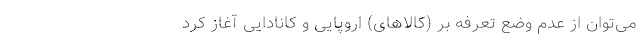
می‌توان از عدم وضع تعرفه بر (کالاهای) اروپایی و کانادایی آغاز کرد